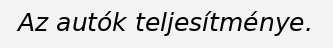
Az autók teljesítménye.